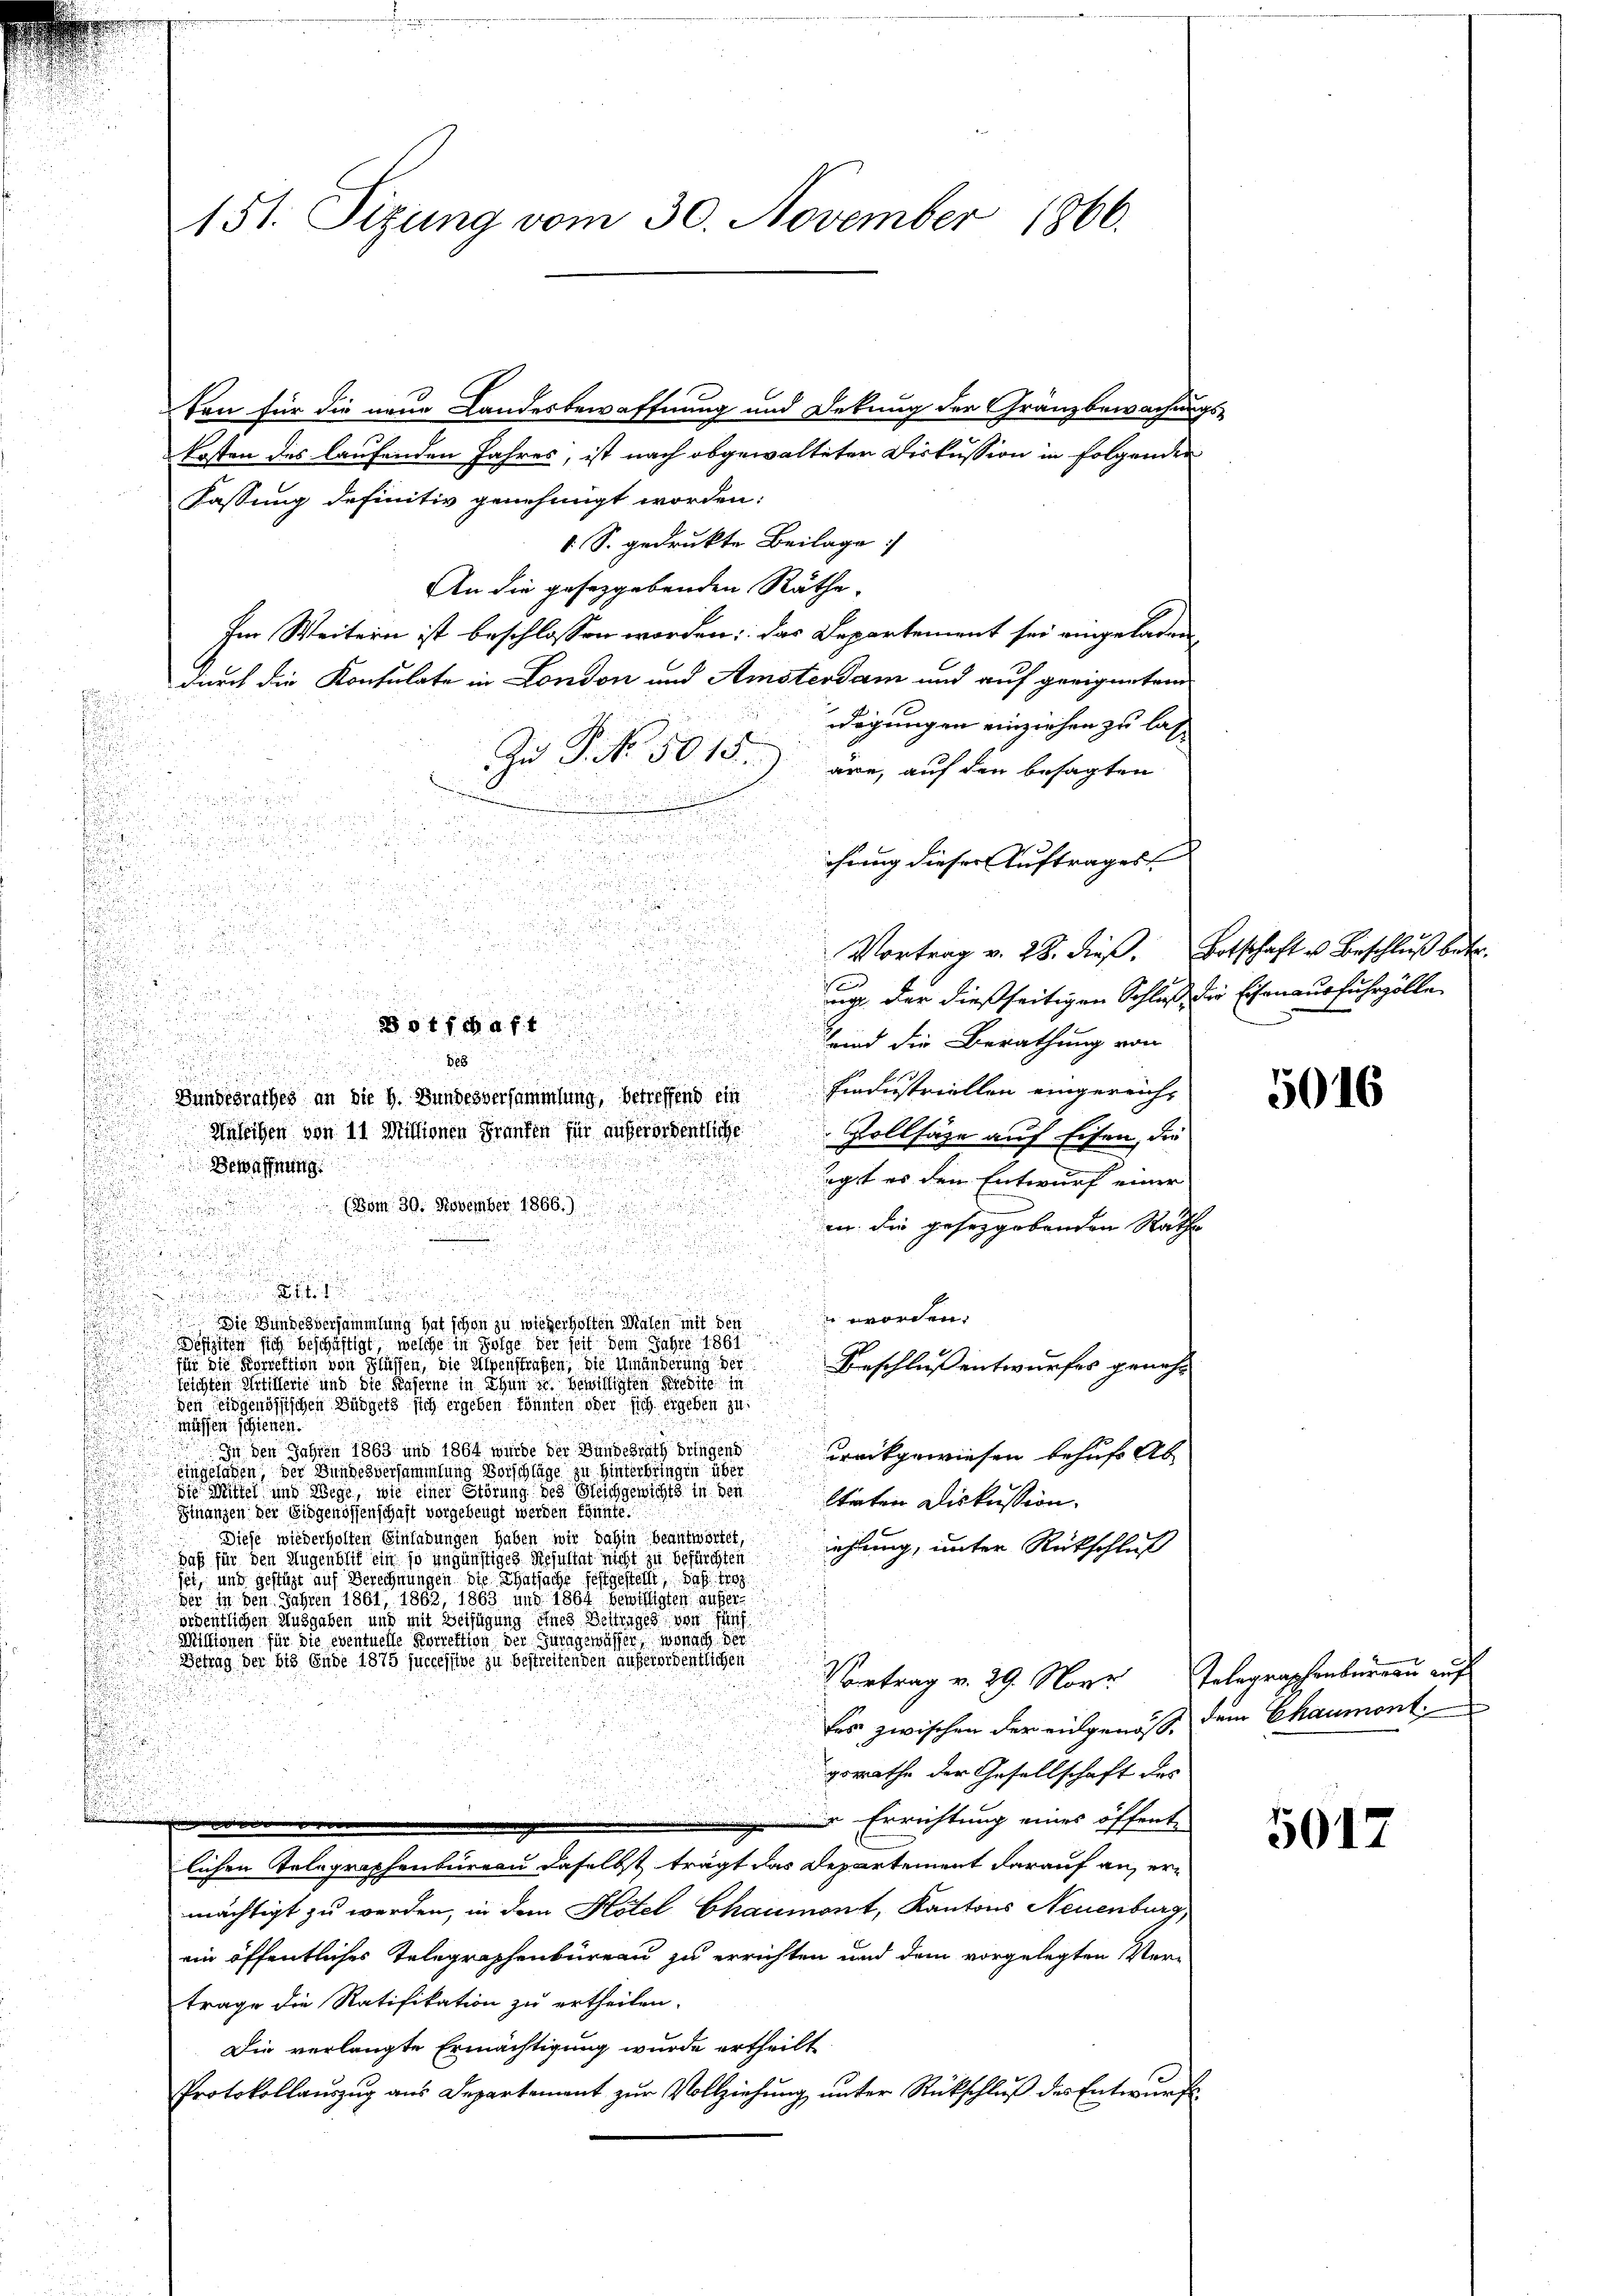
151. Sizung vom 30. November 1866.

kosten des laufenden Jahres, ist nach abgewalteten Diskussion in folgender
Fassung definitiv genehmigt worden:
1 S. gedruckte Beilage
An die gesezgebenden Räthe.
Im Weitern ist beschlossen worden: das Departement sei eingeladen,
durch die Konsulate in London und Amsterdam und auf geeignetem
2

digungen einziehen zu las

Zu P. Nr. 50 15) are, auf den besagten
i
.

chung dieser Auftrages

u

i

u

Vortrag v. 28. dieβ. Botschaft u Beschluß betr.

s
u

u
E

ng der dießseitigen Schluß die Eisenausfuhrzölle
ede d

ots da ft

Hand die Berathung von
u

88
.

Bundesrathes an die h. Bundesversammlung, betreffend ein Industriellen eingereich¬
Anleihen von 11 Millionen Franten für außerordentliche Vollsage auf sehen, die
Bewaffnung
agst es den Entwurf einer
(Bom 30. November 1866.)
in die geseggebenden Rathe

.

u

n worden,
 Die Bundesversammlung hat schon zu wiederholten Malen mit den
Schreiten sich beschäftigt, welche in Folge der seit dem Jahre 1861
.
f
.
für die Korrektion von Flüssen, die Alpenstrafen, die Umänderung der
Beschluß entwurfes genehreichten Artillerte und die Kaserne in Thun u. bewilligten Predite in
den seidgenössischen Büdgets sich ergeben könnten oder sich ergeben zu:
Müssen schienen.
In den Jahren 1863 und 1864 wurde der Bundesrath dringend
Drückgewiesen behufs Ab- |
eingeladen, der Bundesversammlung Vorschläge zu Hinterbringen über
die Mittel und Wege, wie einer Störung des Gleichgewichts in den
steten Diskussion.
Finanzen der Eidgenossenschaft vorgebeugt werden könnte.
Diese wiederholten Einladungen haben wir dahin beantwortet,
iehung, unter Rückschluß
Daß für den Augenblit ein so ungünstiges Resultat nicht zu befürchten
sei, und gestüzt auf Berechnungen die Thatsache festgestellt, daß tro
ber in den Jahren 1861, 1862, 1863 und 1864 bewilligten Außerordentlichen Ausgaben und mit Beifügung eines Beitrages von fünf
Millionen für die eventuelle Korrektion der Turngewässer, wonach der
Betrag der bis Ende 1875 successive zu bestreitenden anheroidentlichen
Vortrag v. 29. Nove Telegraphenbergau auf
tes zwischen der eingenoß, dem Chaumont
gorathe der Gesellschaft des
 Errichtung eines öffent
lichen Telegraphenbüreau daselbst trägt das Departement darauf an, ermächtigt zu werden, in dem Hotel Chaumont, Kantons Neuenburg,
ein öffentliches Telegraphenbüreau zu errichten und dem vorgelegten Vertrage die Ratifikation zu ertheilen.
Die verlangte Ermächtigung wurde ertheilt
Protokollauszug aus Departement zur Vollziehung unter Rückschluß des Entwurf

ten für die neue Landesbewaffnung und Detung der Franzbewachen-

59

5016

5012